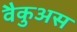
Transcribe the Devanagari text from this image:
वैकुअस